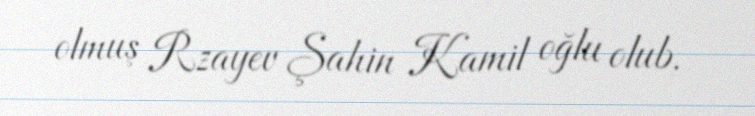
olmuş Rzayev Şahin Kamil oğlu olub.